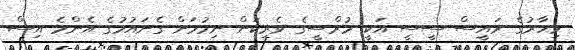
މިހާރުގެ ރައީސް ސީސީ އަކީ މުރްސީގެ ވެރިކަން ނިމުމަށް ގެނައުމުގެ އެންމެ އިސް